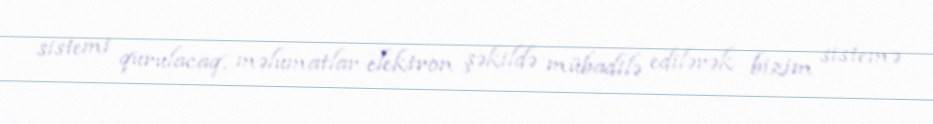
sistemi qurulacaq, məlumatlar elektron şəkildə mübadilə edilərək bizim sistemə